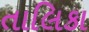
તાલિકા